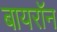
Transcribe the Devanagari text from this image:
बायराॅन